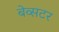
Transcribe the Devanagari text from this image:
बेव्सटर